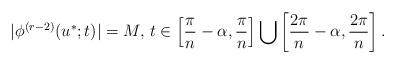
LaTeX: \begin{align*}|\phi^{(r-2)}(u^*;t)|=M,\, t\in \left[\frac \pi n-\alpha,\frac \pi n\right]\bigcup \left[\frac {2\pi} n-\alpha, \frac {2\pi} n\right]. \end{align*}